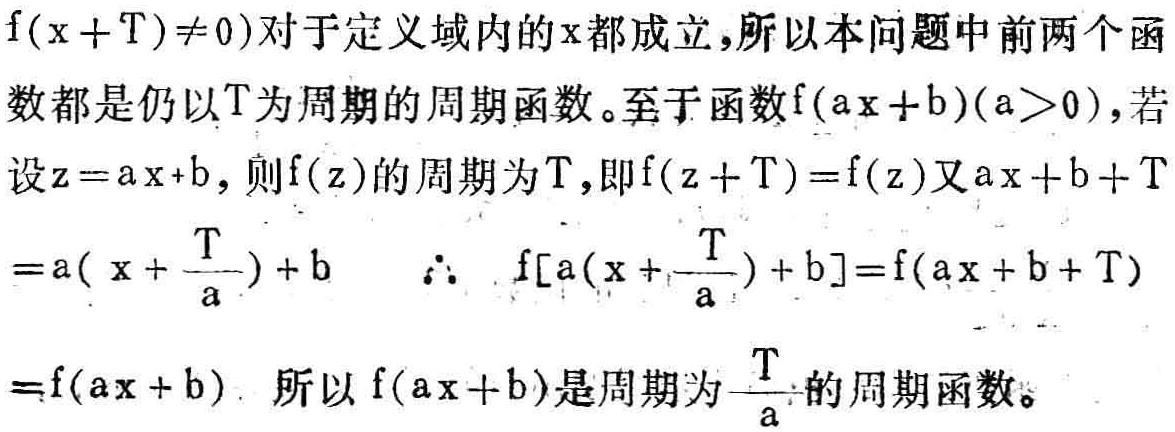
\(f(x + T)\neq0\)对于定义域内的\(x\)都成立，所以本问题中前两个函数都是仍以\(T\)为周期的周期函数。至于函数\(f(ax + b)(a>0)\)，若设\(z = ax + b\)，则\(f(z)\)的周期为\(T\)，即\(f(z + T)=f(z)\)又\(ax + b + T=a(x+\frac{T}{a})+b\) ，\(\therefore f[a(x+\frac{T}{a})+b]=f(ax + b + T)=f(ax + b)\)。所以\(f(ax + b)\)是周期为\(\frac{T}{a}\)的周期函数。